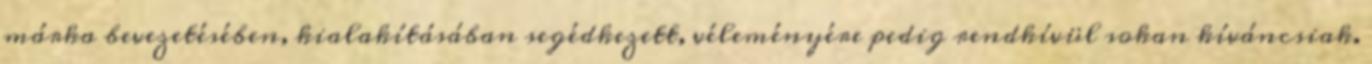
márka bevezetésében, kialakításában segédkezett, véleményére pedig rendkívül sokan kíváncsiak.